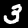
Digit: 3